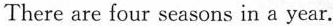
There are four seasons in a year.